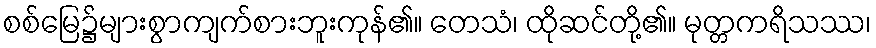
စစ်မြေ၌များစွာကျက်စားဘူးကုန်၏။ တေသံ၊ ထိုဆင်တို့၏။ မုတ္တကရိသဿ၊